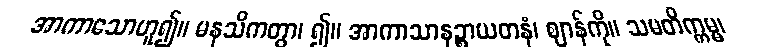
အာကာသောဟူ၍။ မနသိကတွာ၊ ၍။ အာကာသာနဉ္စာယတနံ၊ ဈာန်ကို။ သမတိက္ကမ္မ၊